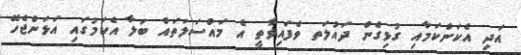
އަދި އެކަންކަމާއި ގުޅިގެން ދައުލަތ ވެފައިވާތީ އެ މައްސަލަތައް ބަލާ އެކަމުގައި އަޅަންޖެހޭ